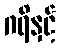
ဂရိနှင့်